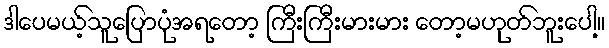
ဒါပေမယ့်သူပြောပုံအရတော့ ကြီးကြီးမားမား တော့မဟုတ်ဘူးပေါ့။